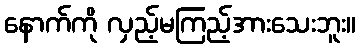
နောက်ကို လှည့်မကြည့်အားသေးဘူး။